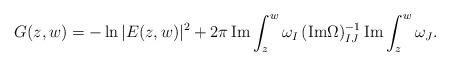
\begin{align*}G(z,w) = - \ln |E(z,w)|^2 + 2 \pi \, {\rm Im}\int_z^w\omega_I\, ({\rm Im}\Omega)^{-1}_{IJ} \, {\rm Im} \int_z^w\omega_J .\end{align*}